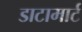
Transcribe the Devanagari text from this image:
डाटामार्ट